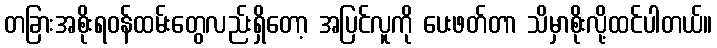
တခြားအစိုးရဝန်ထမ်းတွေလည်းရှိတော့ အပြင်လူကို ပေးဖတ်တာ သိမှာစိုးလို့ထင်ပါတယ်။